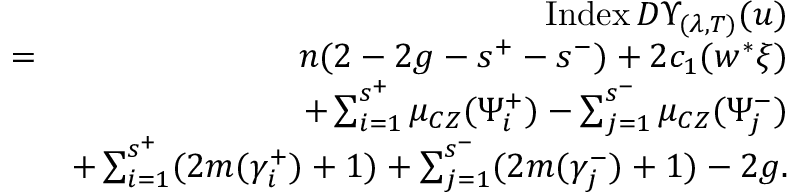
\begin{array} { r l r } & { } & { \operatorname { I n d e x } D \Upsilon _ { ( \lambda , T ) } ( u ) } \\ & { = } & { n ( 2 - 2 g - s ^ { + } - s ^ { - } ) + 2 c _ { 1 } ( w ^ { * } \xi ) } \\ & { } & { + \sum _ { i = 1 } ^ { s ^ { + } } \mu _ { C Z } ( \Psi _ { i } ^ { + } ) - \sum _ { j = 1 } ^ { s ^ { - } } \mu _ { C Z } ( \Psi _ { j } ^ { - } ) } \\ & { } & { + \sum _ { i = 1 } ^ { s ^ { + } } ( 2 m ( \gamma _ { i } ^ { + } ) + 1 ) + \sum _ { j = 1 } ^ { s ^ { - } } ( 2 m ( \gamma _ { j } ^ { - } ) + 1 ) - 2 g . } \end{array}